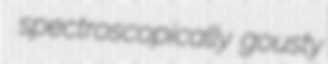
spectroscopically gousty